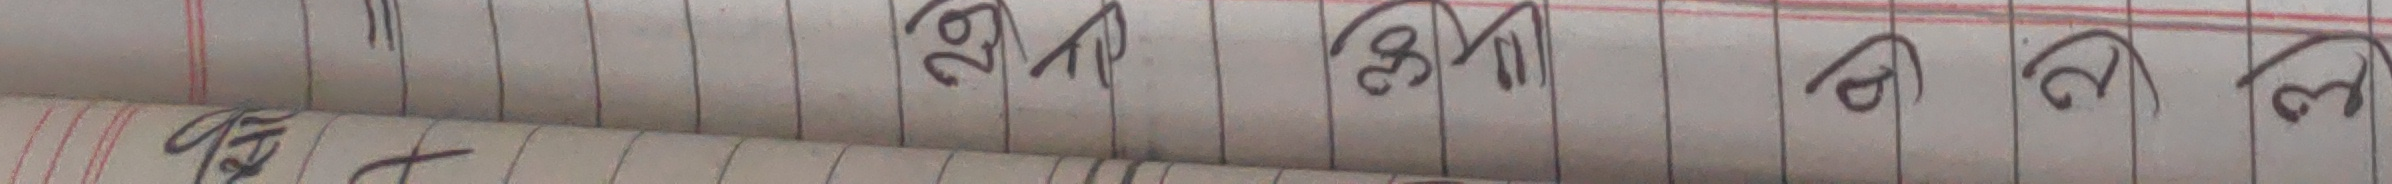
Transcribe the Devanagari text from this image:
२९ ३१ ० ५ ३